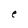
Character: e